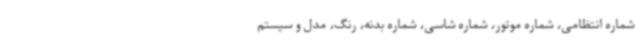
شماره انتظامی، شماره موتور، شماره شاسی، شماره بدنه، رنگ، مدل و سیستم